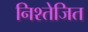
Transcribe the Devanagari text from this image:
निश्तेजित